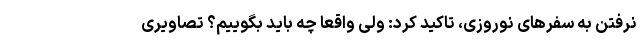
نرفتن به سفرهای نوروزی، تاکید کرد: ولی واقعا چه باید بگوییم؟ تصاویری